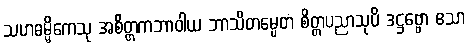
သဟဓမ္မိကေသု အစိတ္တကဘာဝါယ ဘာသိတမ္ပေတံ စိတ္တပညာသုပိ ဒဋ္ဌဗ္ဗော ဧသာ